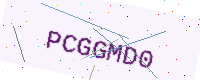
Text: PCGGMD0